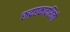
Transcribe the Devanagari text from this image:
रुद्रएकादशिनी